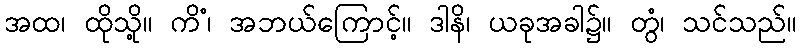
အထ၊ ထိုသို့။ ကိံ၊ အဘယ်ကြောင့်။ ဒါနိ၊ ယခုအခါ၌။ တွံ၊ သင်သည်။